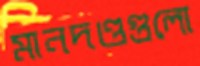
মানদণ্ডগুলো